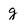
Character: g